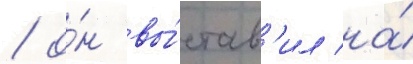
/ о́н вы́став'ил на́